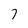
Character: 7